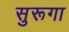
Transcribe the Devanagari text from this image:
सुरूगा